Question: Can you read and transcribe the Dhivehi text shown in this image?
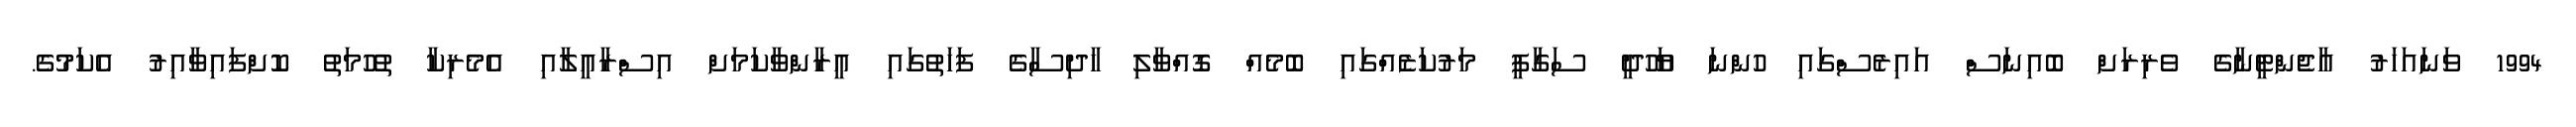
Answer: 1994 ވަނައަހަރު އާޖެންޓީނާގެ ވެރިރަށް ބޮއިނަސް އައިރެސްގައި ހުންނަ ޔަހޫދީ ސަގާފީ މަރުކަޒެއްގައި ބޮމެއް ގޮއްވާލި ހާދިސާގެ ފަހަތުގައި އީރާންވާކަމަށް އިސްރާއީލާއި އެމެރިކާ ތުހުމަތު ކޮށްފައިވާއިރު އެކަމުގެ.